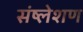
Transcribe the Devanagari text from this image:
संष्लेशण